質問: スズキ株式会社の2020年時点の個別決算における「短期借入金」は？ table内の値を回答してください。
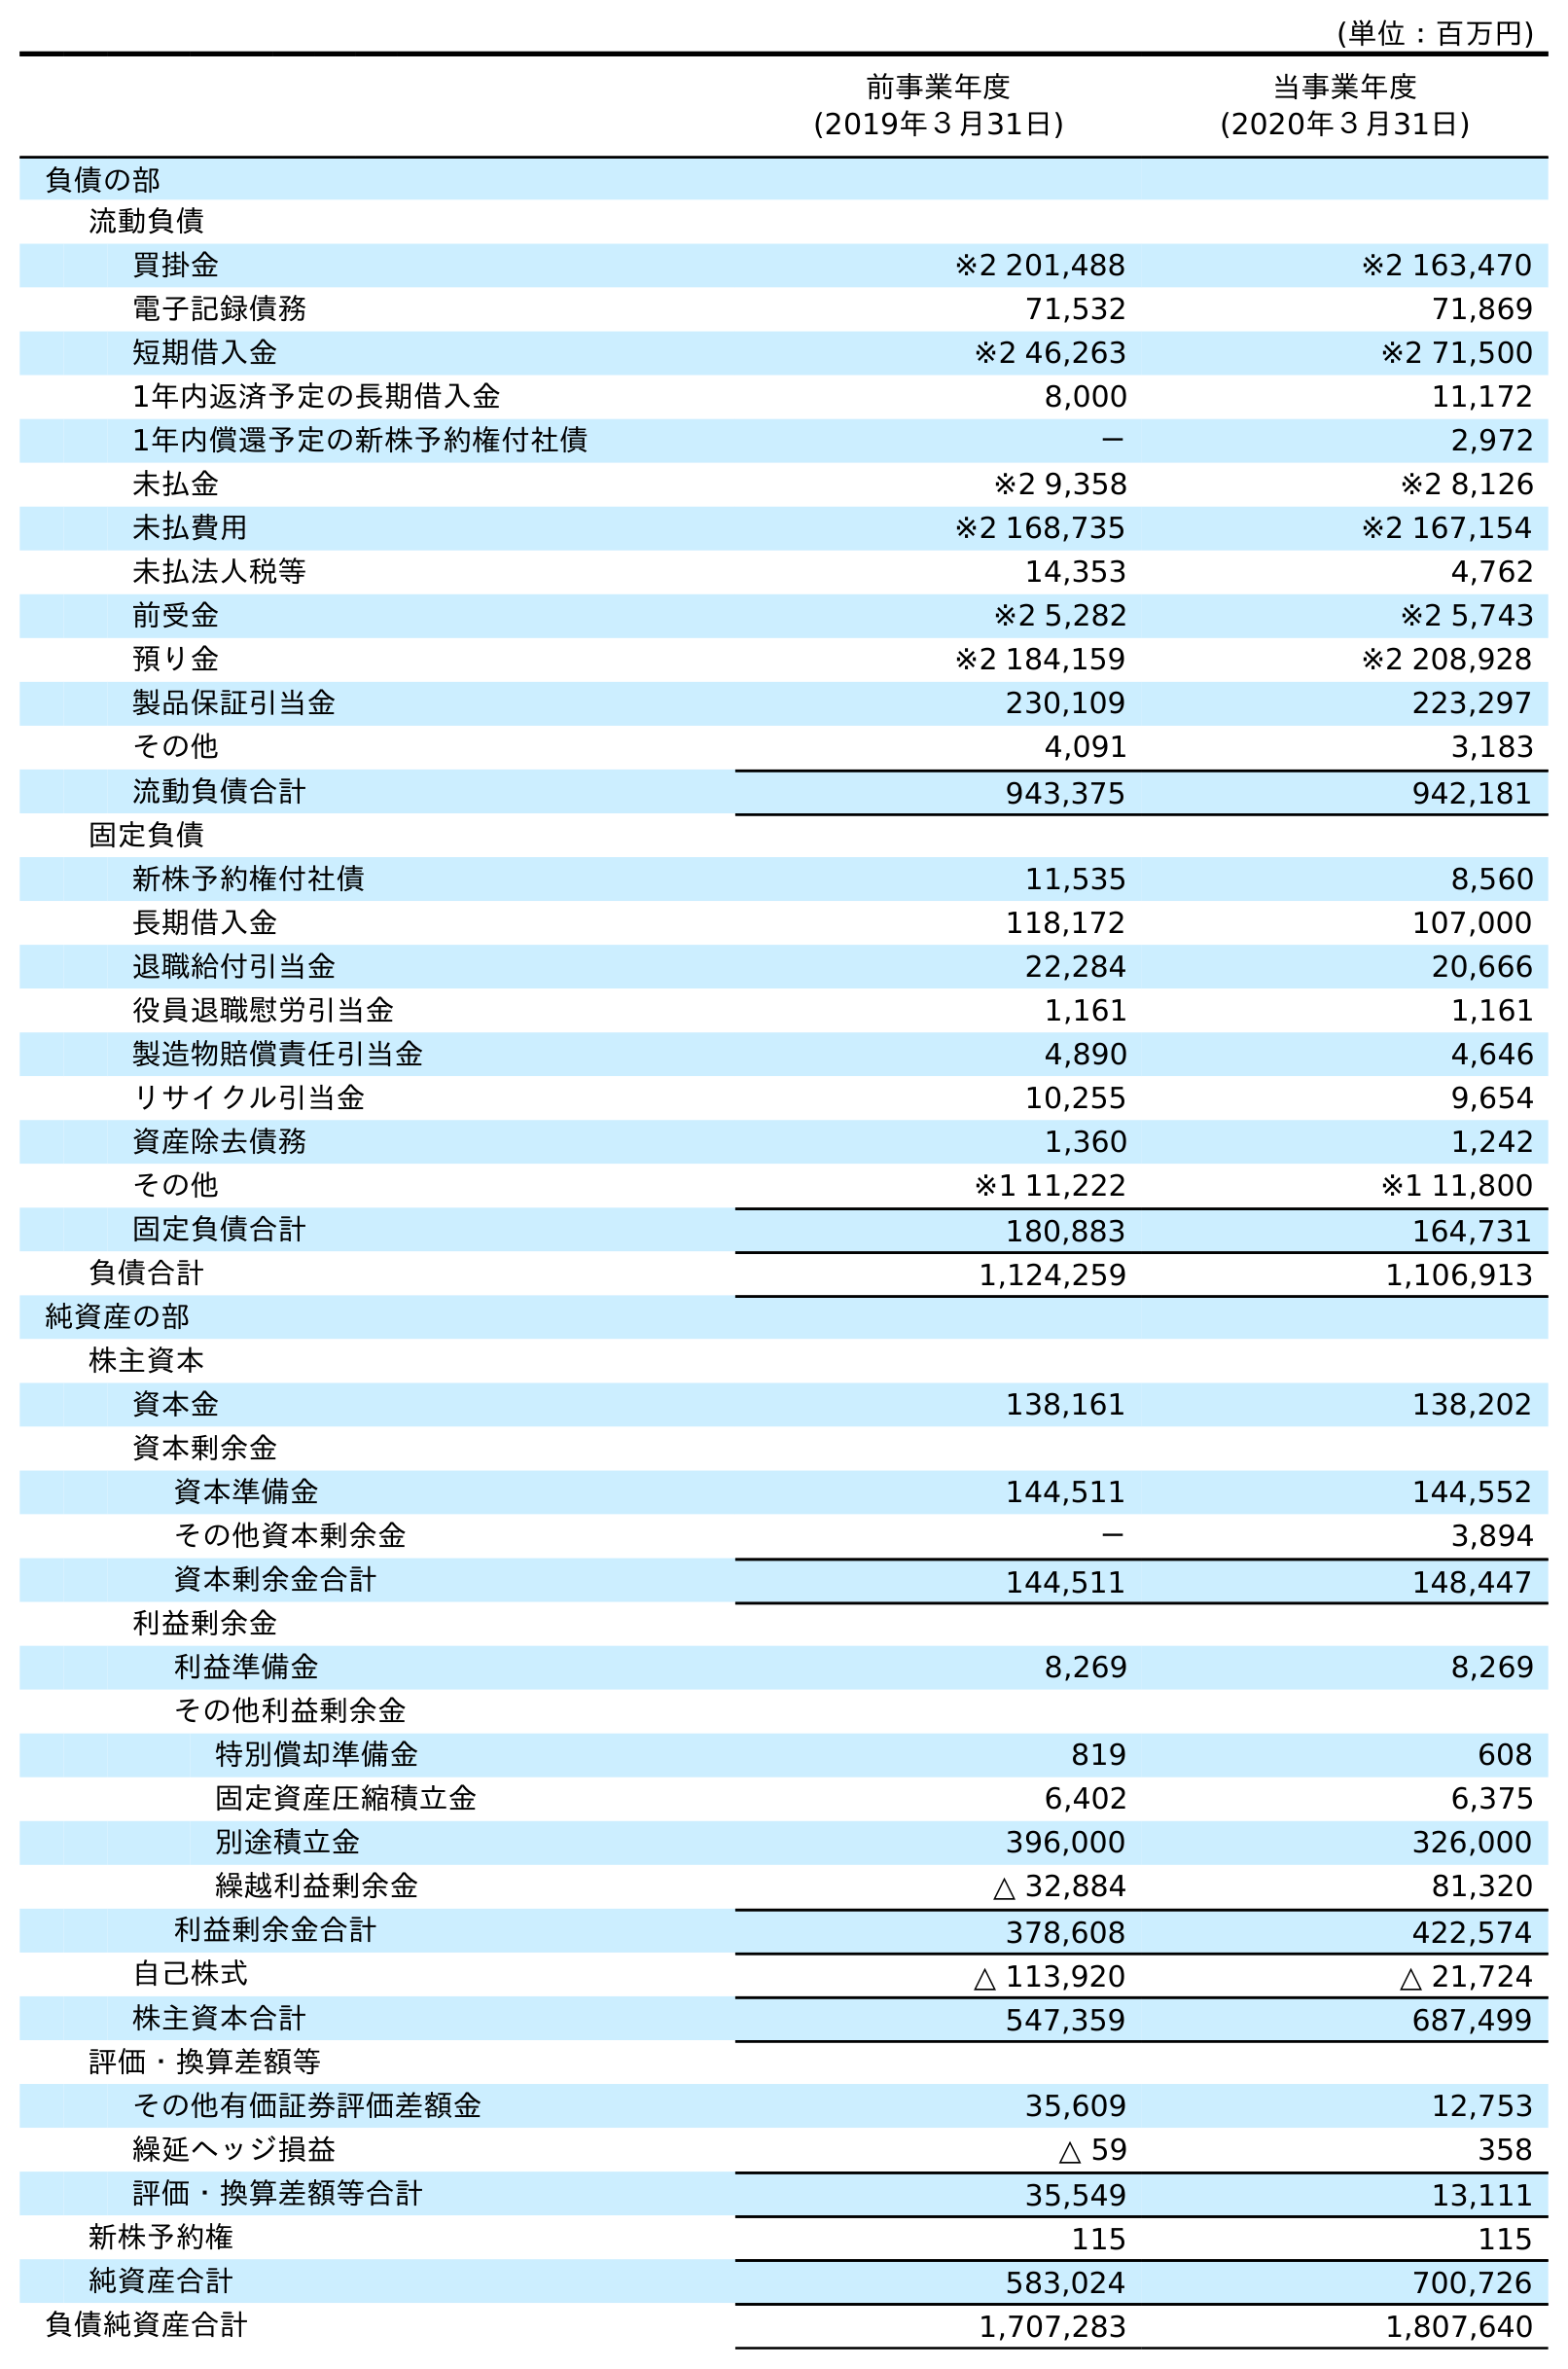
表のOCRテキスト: (単位：百万円) 前事業年度 (2019年３月31日) 当事業年度 (2020年３月31日) 負債の部 流動負債 買掛金 ※2 201,488 ※2 163,470 電子記録債務 71,532 71,869 短期借入金 ※2 46,263 ※2 71,500 1年内返済予定の長期借入金 8,000 11,172 1年内償還予定の新株予約権付社債 － 2,972 未払金 ※2 9,358 ※2 8,126 未払費用 ※2 168,735 ※2 167,154 未払法人税等 14,353 4,762 前受金 ※2 5,282 ※2 5,743 預り金 ※2 184,159 ※2 208,928 製品保証引当金 230,109 223,297 その他 4,091 3,183 流動負債合計 943,375 942,181 固定負債 新株予約権付社債 11,535 8,560 長期借入金 118,172 107,000 退職給付引当金 22,284 20,666 役員退職慰労引当金 1,161 1,161 製造物賠償責任引当金 4,890 4,646 リサイクル引当金 10,255 9,654 資産除去債務 1,360 1,242 その他 ※1 11,222 ※1 11,800 固定負債合計 180,883 164,731 負債合計 1,124,259 1,106,913 純資産の部 株主資本 資本金 138,161 138,202 資本剰余金 資本準備金 144,511 144,552 その他資本剰余金 － 3,894 資本剰余金合計 144,511 148,447 利益剰余金 利益準備金 8,269 8,269 その他利益剰余金 特別償却準備金 819 608 固定資産圧縮積立金 6,402 6,375 別途積立金 396,000 326,000 繰越利益剰余金 △ 32,884 81,320 利益剰余金合計 378,608 422,574 自己株式 △ 113,920 △ 21,724 株主資本合計 547,359 687,499 評価・換算差額等 その他有価証券評価差額金 35,609 12,753 繰延ヘッジ損益 △ 59 358 評価・換算差額等合計 35,549 13,111 新株予約権 115 115 純資産合計 583,024 700,726 負債純資産合計 1,707,283 1,807,640
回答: ※271,500